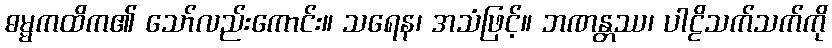
ဓမ္မကထိက၏ သော်လည်းကောင်း။ သရေန၊ အသံဖြင့်။ ဘဏန္တဿ၊ ပါဠိသက်သက်ကို